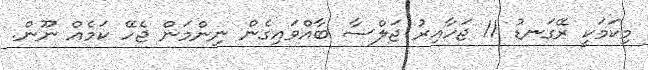
މިކަމަކީ ރޭގަނޑު 11 ޖަހާއިރު ޖަލްސާ ބާއްވައިގެން ނިންމަން ޖެހޭ ކަމެއް ނޫން.